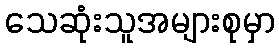
သေဆုံးသူအများစုမှာ